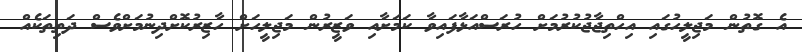
އެ ގޮތުން މަޖިލީހުގައި އިހްތިޖާޖުކުރުމަށް ހުރަސްއަޅާފައިވާ ކަމަށާއި ވަޒީރުން މަޖިލީހަށް ހާޒިރުކޮށްދިނުމަށްވެސް ދަތިތަކެއް